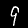
Digit: 9